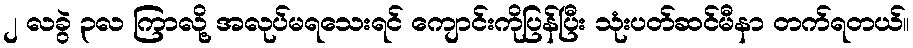
၂ လခွဲ ၃လ ကြာလို့ အလုပ်မရသေးရင် ကျောင်းကိုပြန်ပြီး သုံးပတ်ဆင်မီနာ တက်ရတယ်။